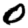
Digit: 0